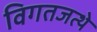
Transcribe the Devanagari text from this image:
विगतजत्थे